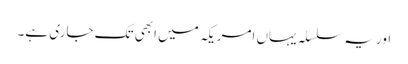
اور یہ سلسلہ یہاں امریکہ میں ابھی تک جاری ہے۔